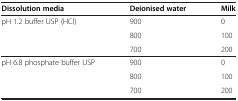
<table><thead><tr><td><b>Dissolution media</b></td><td><b>Deionised water</b></td><td><b>Milk</b></td></tr></thead><tbody><tr><td rowspan="2">pH 1.2 buffer USP (HCl)</td><td>900</td><td>0</td></tr><tr><td>800</td><td>100</td></tr><tr><td> </td><td>700</td><td>200</td></tr><tr><td rowspan="2">pH 6.8 phosphate buffer USP</td><td>900</td><td>0</td></tr><tr><td>800</td><td>100</td></tr><tr><td> </td><td>700</td><td>200</td></tr></tbody></table>